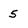
Character: 5